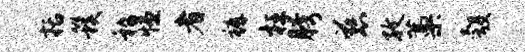
括簇嵇恒者裤枉胯慈孜藁彀